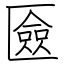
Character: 匳